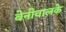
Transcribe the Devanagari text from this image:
बेनीवालके